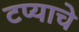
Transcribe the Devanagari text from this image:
टप्याचे